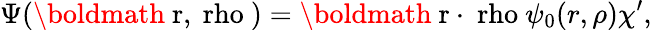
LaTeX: \Psi(\mathrm{\boldmath~r,\ rho~})=\mathrm{\boldmath~r\cdot\ rho~}\psi_{0}(r,\rho)\chi^{\prime},